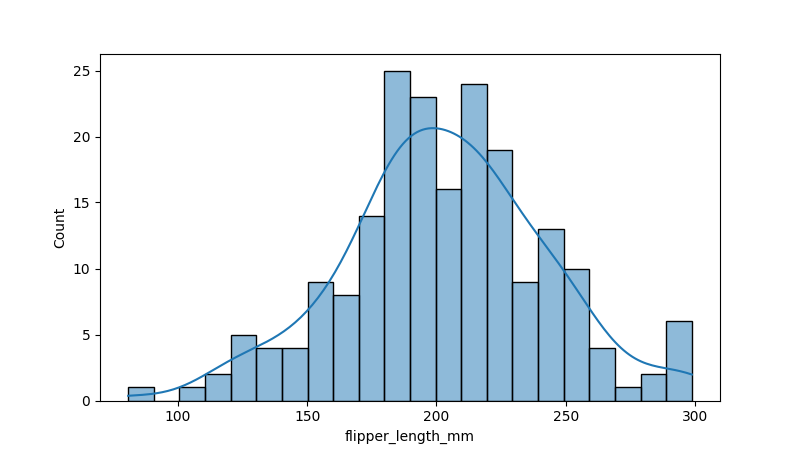
python, seaborn, histplot, hue='all', binwidth=10, bins='10', element='bars'